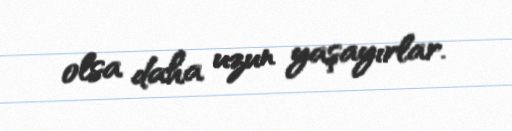
olsa daha uzun yaşayırlar.